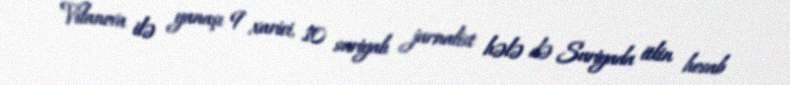
Vilanova ilə yanaşı 9 xarici, 10 suriyalı jurnalist hələ də Suriyada itkin hesab